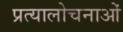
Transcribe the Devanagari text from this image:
प्रत्यालोचनाओं